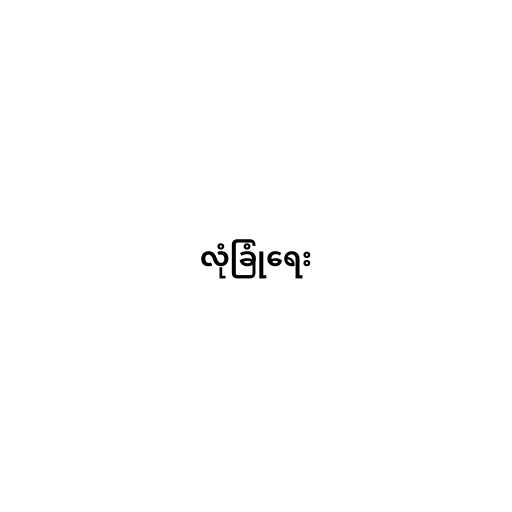
လုံခြုံရေး